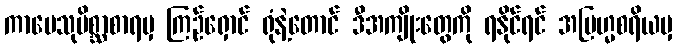
ကာမေသုမိစ္ဆာစာရမှ ကြဉ်ရှောင် ရုံနဲ့တောင် ဒီအကျိုးတွေကို ရနိုင်ရင် အဗြဟ္မစရိယမှ